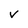
Character: v